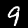
Label: 9